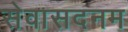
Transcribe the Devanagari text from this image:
सेवासदनम